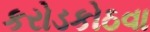
કરોડકોઠવા